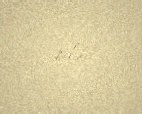
edib.